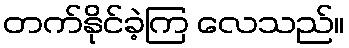
တက်နိုင်ခဲ့ကြ လေသည်။